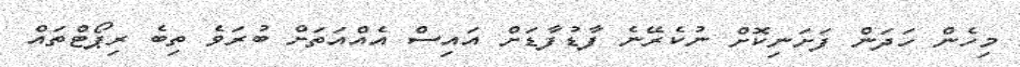
މިހެން ހަދަން ފަށަނިކޮށް ނުކެރޭނެ ފާޑުފާޑަށް އައިސް އެއްއަތަށް ބުރަވެ ތިބެ ރިޕޯޓްތައް